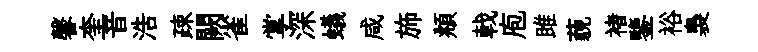
馨奎音浩疎闕雀掌深蟻咸斾頫戟庖雎藐褚鑒裕裊